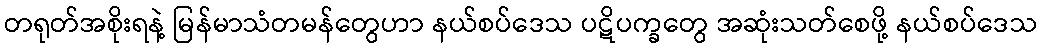
တရုတ်အစိုးရနဲ့ မြန်မာသံတမန်တွေဟာ နယ်စပ်ဒေသ ပဋိပက္ခတွေ အဆုံးသတ်စေဖို့ နယ်စပ်ဒေသ